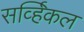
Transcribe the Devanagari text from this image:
सर्व्हिकल